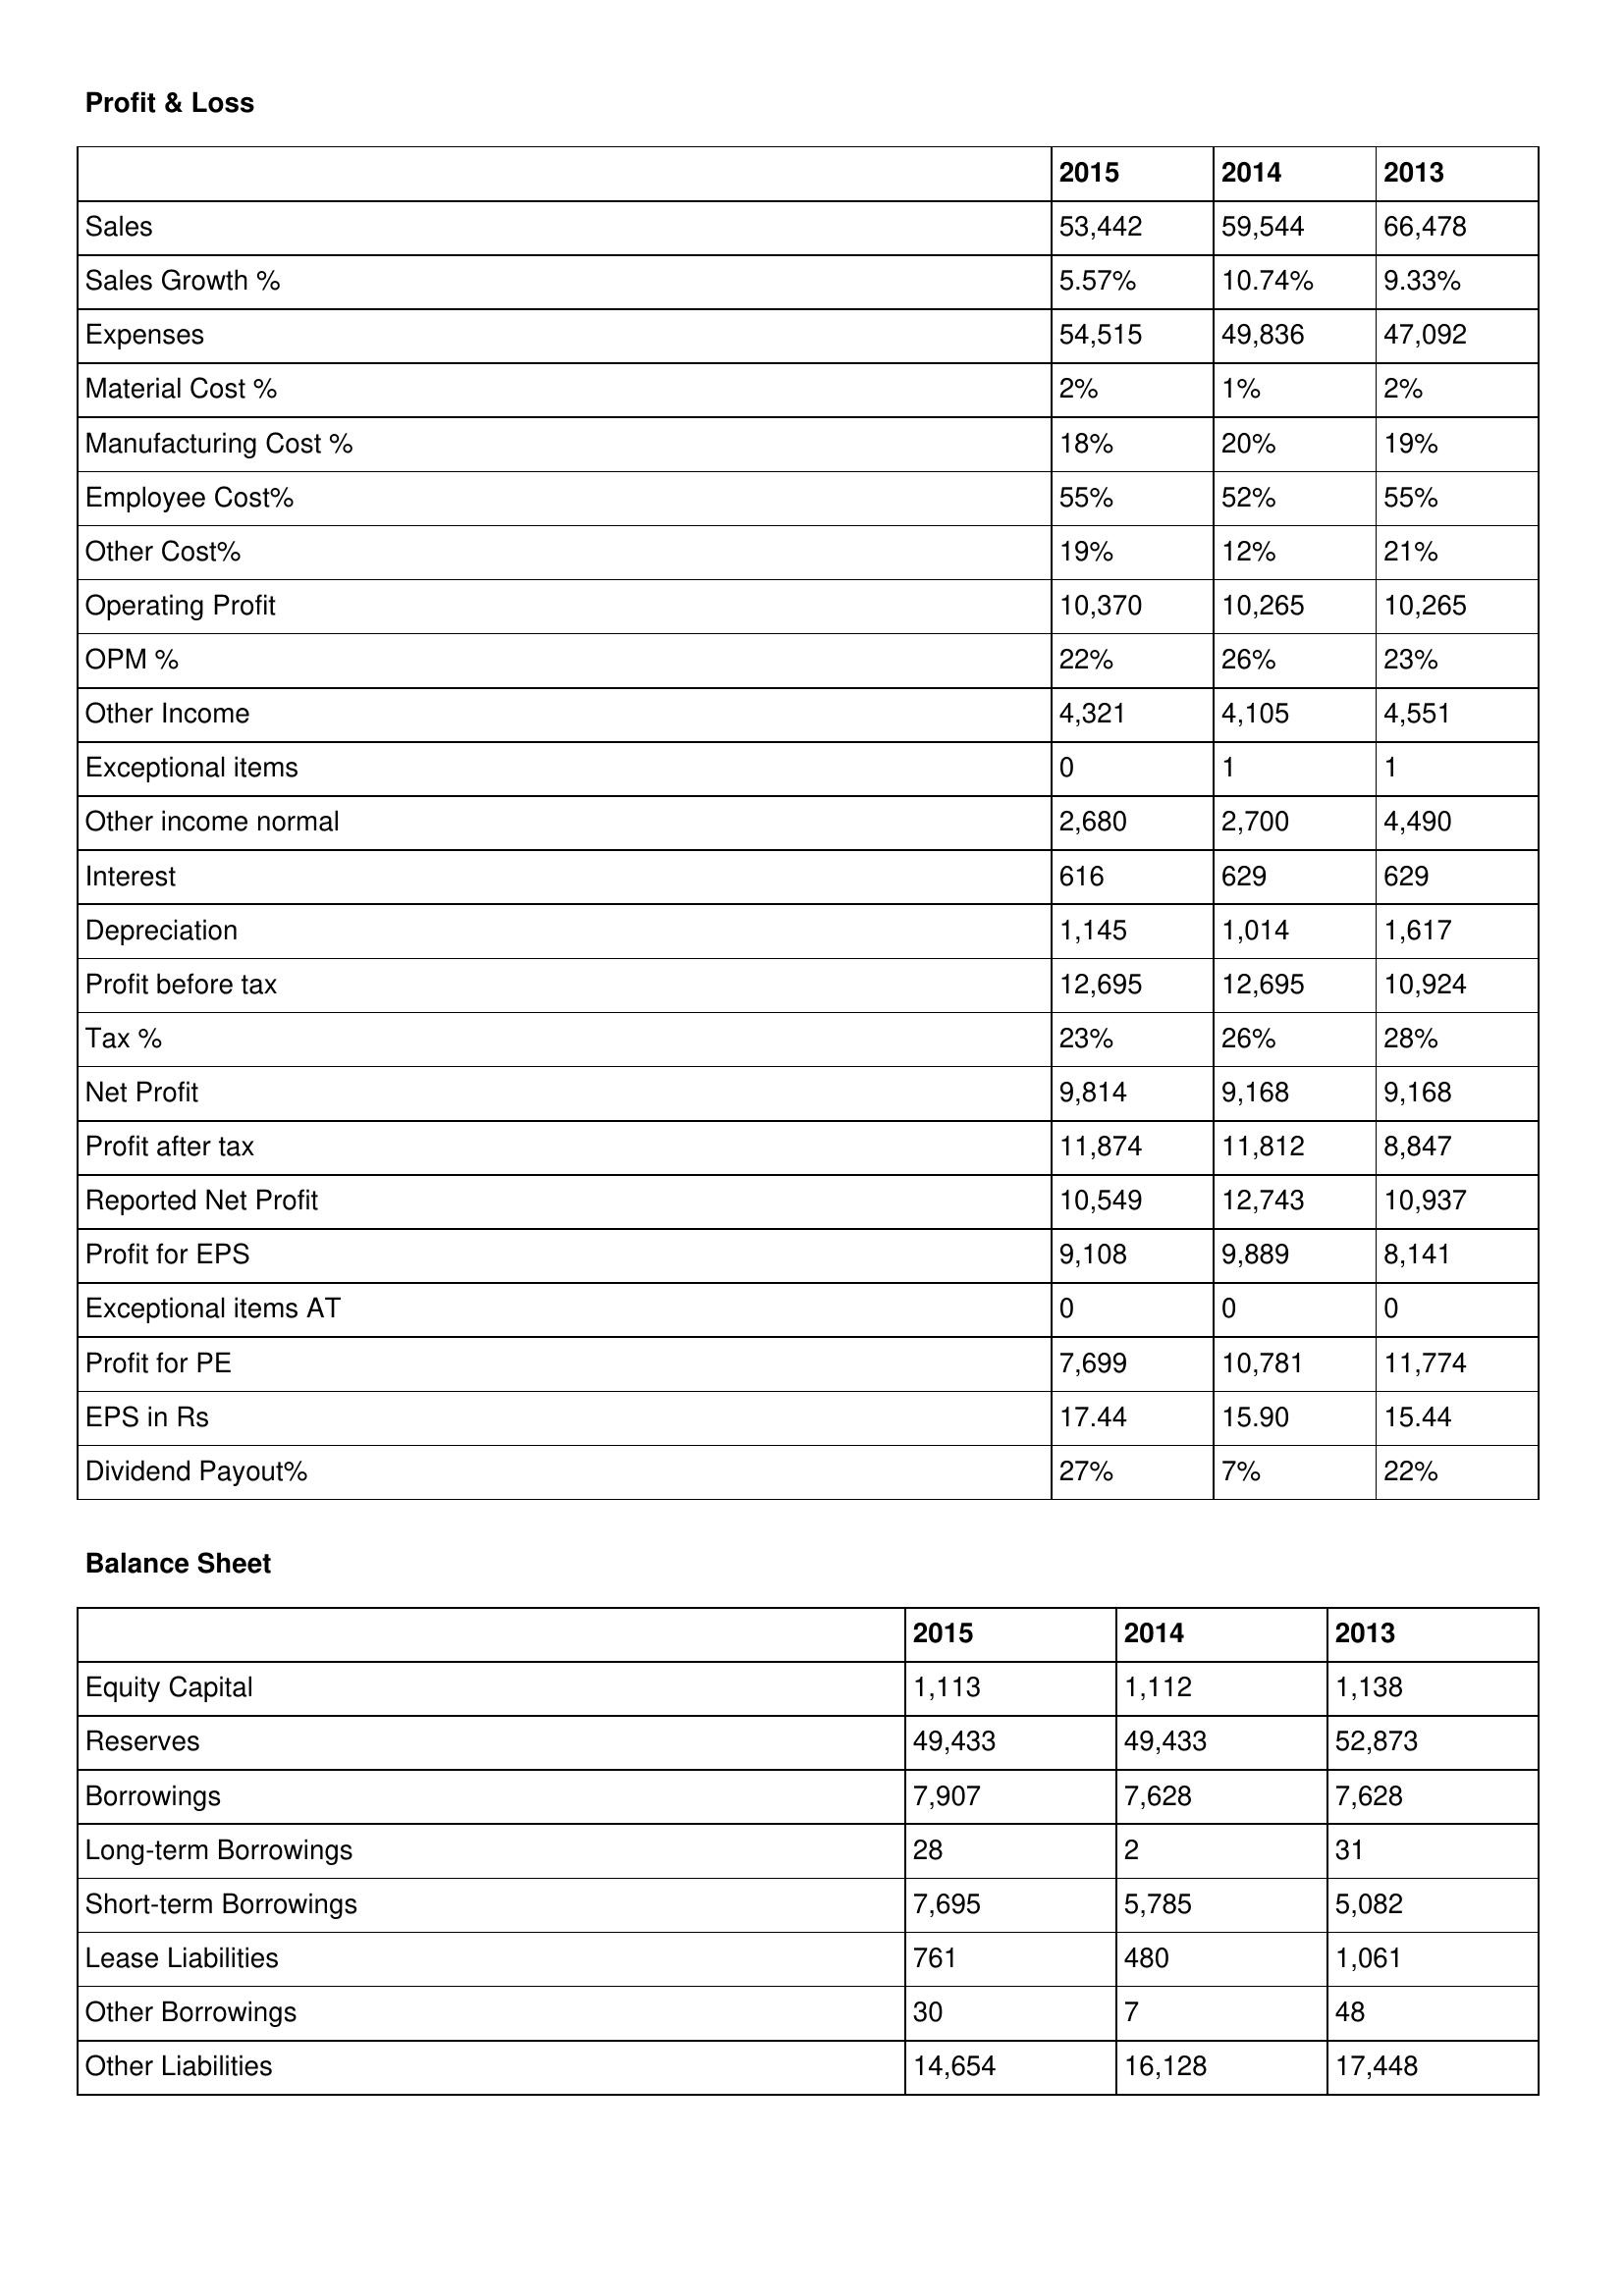
gt_parse: 2015: Profit & Loss: Sales: 53,442
Sales Growth %: 5.57%
Expenses: 54,515
Material Cost %: 2%
Manufacturing Cost %: 18%
Employee Cost%: 55%
Other Cost%: 19%
Operating Profit: 10,370
OPM %: 22%
Other Income: 4,321
Exceptional items: 0
Other income normal: 2,680
Interest: 616
Depreciation: 1,145
Profit before tax: 12,695
Tax %: 23%
Net Profit: 9,814
Profit after tax: 11,874
Reported Net Profit: 10,549
Profit for EPS: 9,108
Exceptional items AT: 0
Profit for PE: 7,699
EPS in Rs: 17.44
Dividend Payout%: 27%
Balance Sheet: Equity Capital: 1,113
Reserves: 49,433
Borrowings: 7,907
Long-term Borrowings: 28
Short-term Borrowings: 7,695
Lease Liabilities: 761
Other Borrowings: 30
Other Liabilities: 14,654
2014: Profit & Loss: Sales: 59,544
Sales Growth %: 10.74%
Expenses: 49,836
Material Cost %: 1%
Manufacturing Cost %: 20%
Employee Cost%: 52%
Other Cost%: 12%
Operating Profit: 10,265
OPM %: 26%
Other Income: 4,105
Exceptional items: 1
Other income normal: 2,700
Interest: 629
Depreciation: 1,014
Profit before tax: 12,695
Tax %: 26%
Net Profit: 9,168
Profit after tax: 11,812
Reported Net Profit: 12,743
Profit for EPS: 9,889
Exceptional items AT: 0
Profit for PE: 10,781
EPS in Rs: 15.90
Dividend Payout%: 7%
Balance Sheet: Equity Capital: 1,112
Reserves: 49,433
Borrowings: 7,628
Long-term Borrowings: 2
Short-term Borrowings: 5,785
Lease Liabilities: 480
Other Borrowings: 7
Other Liabilities: 16,128
2013: Profit & Loss: Sales: 66,478
Sales Growth %: 9.33%
Expenses: 47,092
Material Cost %: 2%
Manufacturing Cost %: 19%
Employee Cost%: 55%
Other Cost%: 21%
Operating Profit: 10,265
OPM %: 23%
Other Income: 4,551
Exceptional items: 1
Other income normal: 4,490
Interest: 629
Depreciation: 1,617
Profit before tax: 10,924
Tax %: 28%
Net Profit: 9,168
Profit after tax: 8,847
Reported Net Profit: 10,937
Profit for EPS: 8,141
Exceptional items AT: 0
Profit for PE: 11,774
EPS in Rs: 15.44
Dividend Payout%: 22%
Balance Sheet: Equity Capital: 1,138
Reserves: 52,873
Borrowings: 7,628
Long-term Borrowings: 31
Short-term Borrowings: 5,082
Lease Liabilities: 1,061
Other Borrowings: 48
Other Liabilities: 17,448